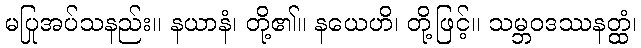
မပြုအပ်သနည်း။ နယာနံ၊ တို့၏။ နယေဟိ၊ တို့ဖြင့်။ သမ္ဘဝဒဿနတ္ထံ၊